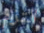
التزم